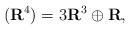
LaTeX: \begin{align*}(\mathbf R^4)=3 \mathbf R^3 \oplus \mathbf R, \end{align*}